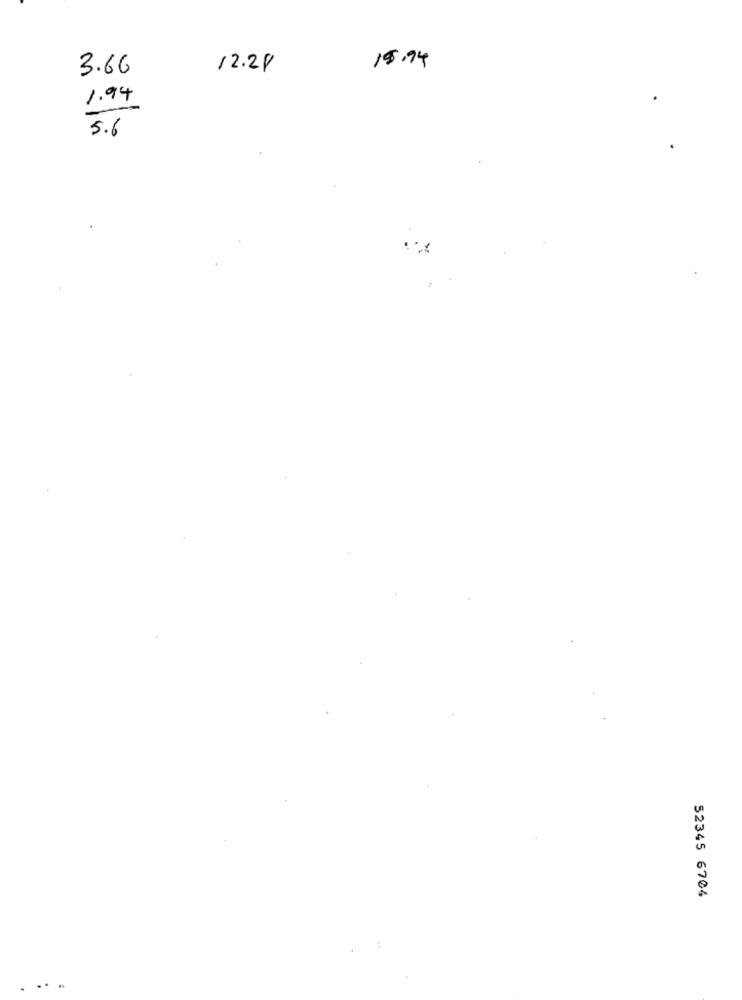
3.66
M
12.21
15.94
1.94
5.6
52345 6704